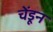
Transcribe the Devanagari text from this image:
चेंडून